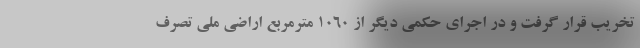
تخریب قرار گرفت و در اجرای حکمی دیگر از ۱۰۶۰ مترمربع اراضی ملی تصرف